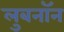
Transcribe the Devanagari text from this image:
लुबनॉन